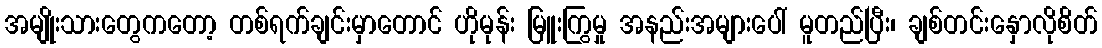
အမျိုးသားတွေကတော့ တစ်ရက်ချင်းမှာတောင် ဟိုမုန်း မြူးကြွမှု အနည်းအများပေါ် မူတည်ပြီး၊ ချစ်တင်းနှောလိုစိတ်